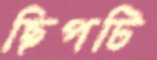
ছিপটি